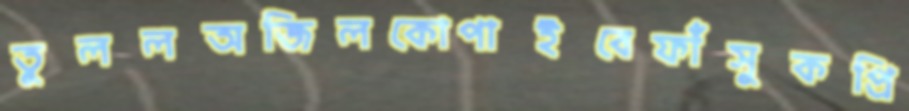
তুললঅজিলকোপাইবেফাঁসুকপ্রি